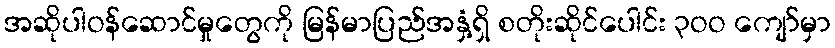
အဆိုပါဝန်ဆောင်မှုတွေကို မြန်မာပြည်အနှံ့ရှိ စတိုးဆိုင်ပေါင်း ၃ဝဝ ကျော်မှာ